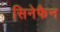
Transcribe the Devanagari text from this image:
सिनेफैन